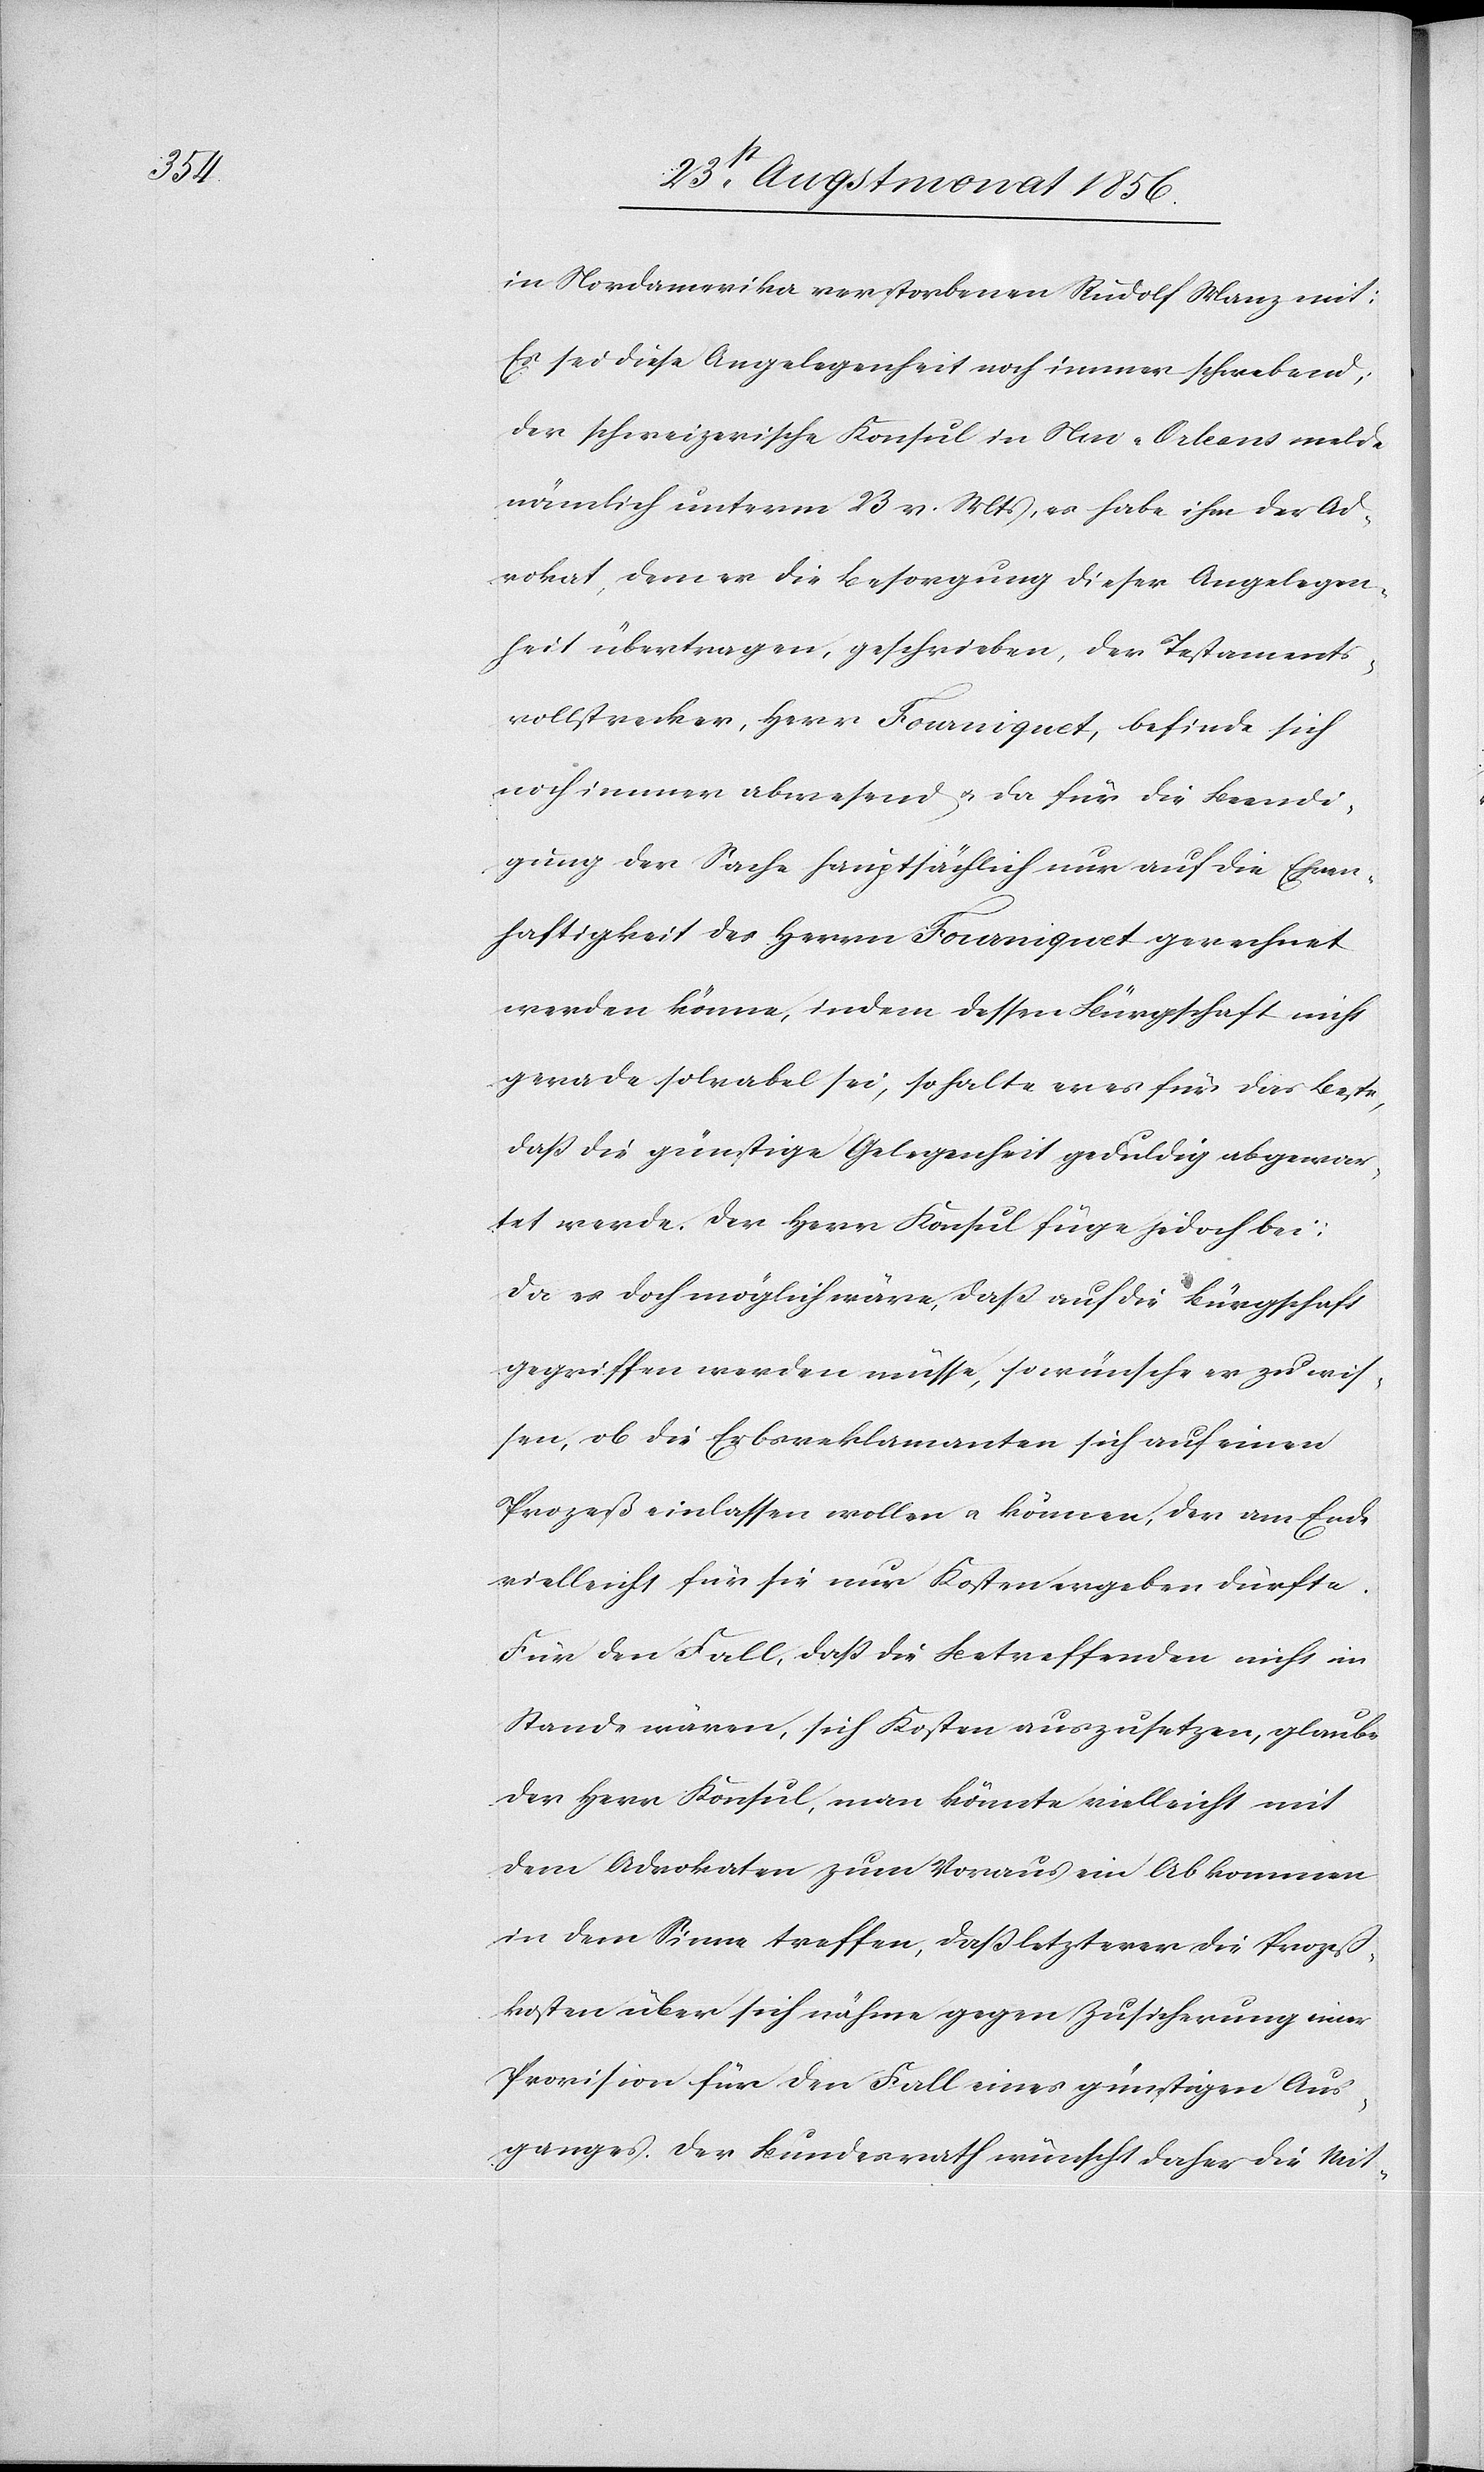
in Nordamerika verstorbenen Rudolf Manz mit:
Es sei diese Angelegenheit noch immer schwebend;
der schweizerische Konsul in Neu-Orleans melde
nämlich unterm 23 v. Mts, es habe ihm der Ad¬
vokat, dem er die Besorgung dieser Angelegen¬
heit übertragen, geschrieben, der Testaments¬
vollstrecker, Herr Fourniquet, befinde sich
noch immer abwesend u. da für die Beendi¬
gung der Sache hauptsächlich nur auf die Ehren¬
haftigkeit des Herrn Fourniquet gerechnet
werden könne, indem dessen Bürgschaft nicht
gerade solvabel sei, so halte er es für das Beste,
dass die günstige Gelegenheit geduldig abgewar¬
tet werde. Der Herr Konsul füge jedoch bei:
Da es doch möglicher wäre, dass auf die Bürgschaft
gegriffen werden müsse, so wünsche er zu wis¬
sen, ob die Erbsreklamanten sich auf einen
Prozeß einlassen wollen u. können, der am Ende
vielleicht für sie nur Kosten ergeben dürfte.
Für den Fall, dass die Betreffenden nicht in
Stande wären, sich Kosten auszusetzen, glaube
der Herr Konsul, man könnte vielleicht mit
dem Advokaten zum Voraus ein Abkommen
in dem Sinne treffen, dass letzterer die Prozeß¬
kosten über sich nähme gegen Zusicherung einer
Provision für den Fall eines günstigen Aus¬
ganges. Der Bundesrath wünscht daher die Mit-